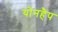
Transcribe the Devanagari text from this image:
योनहैप